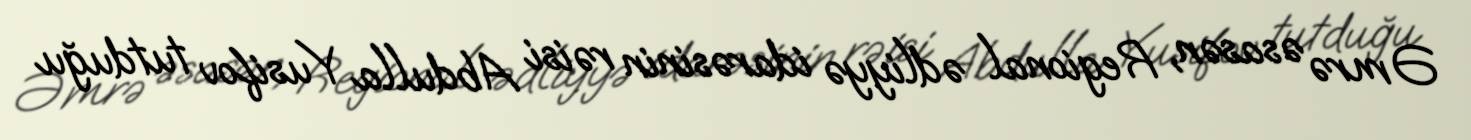
Əmrə əsasən, Regional ədliyyə idarəsinin rəisi Abdulla Yusifov tutduğu